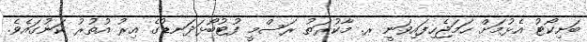
ބަށިކޯޓު އެޅުމަށް ހަމަޖެހިފައިވަނީ ރ. މާކުރަތު ރަސްމީ ފުޓުބޯޅަދަނޑުގެ އިރު އުތުރު ކަނުގައެވެ.